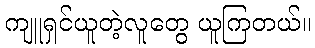
ကျူရှင်ယူတဲ့လူတွေ ယူကြတယ်။